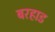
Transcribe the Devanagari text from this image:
बरहाड